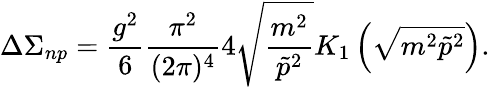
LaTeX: \Delta\Sigma_{np}=\frac{g^{2}}6\frac{\pi^{2}}{(2\pi)^{4}}4\sqrt{\frac{m^{2}}{\tilde{p}^{2}}}K_{1}\left(\sqrt{m^{2}\tilde{p}^{2}}\right).